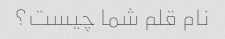
نام قلم شما چیست؟